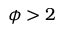
\phi > 2